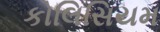
કોલિસિયમ